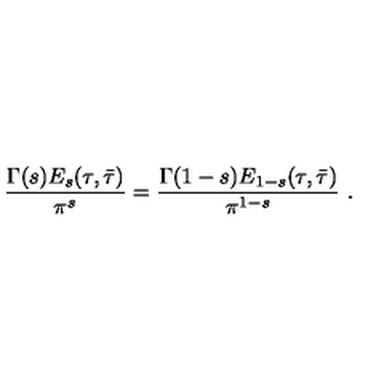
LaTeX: \frac { \Gamma ( s ) E _ { s } ( \tau , \bar { \tau } ) } { \pi ^ { s } } = \frac { \Gamma ( 1 - s ) E _ { 1 - s } ( \tau , \bar { \tau } ) } { \pi ^ { 1 - s } } \ .